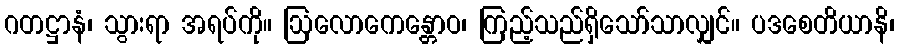
ဂတဋ္ဌာနံ၊ သွားရာ အရပ်ကို။ ဩလောကေန္တောဝ၊ ကြည့်သည်ရှိသော်သာလျှင်။ ပဒစေတိယာနိ၊